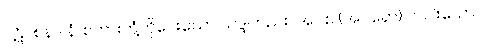
ပဋိဝစနဒါနံ၊ စကားတုံ့ကိုပေးသော သဒ္ဒါတည်း။ အပိစ (အပရော) တပါးသော။